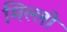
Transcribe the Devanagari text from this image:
मिल्लो